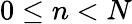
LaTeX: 0\leq n<N